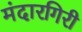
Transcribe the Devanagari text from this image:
मंदारगिरी